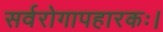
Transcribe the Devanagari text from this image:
सर्वरोगापहारकः।